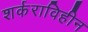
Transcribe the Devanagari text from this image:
शर्कराविहीन